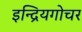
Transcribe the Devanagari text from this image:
इन्द्रियगोचर